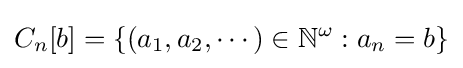
C_{n}[b]=\{(a_{1},a_{2},\cdots )\in \mathbb {N} ^{\omega }:a_{n}=b\}